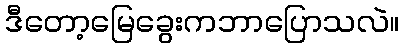
ဒီတော့မြေခွေးကဘာပြောသလဲ။